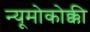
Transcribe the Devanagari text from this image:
न्यूमोकोक्की